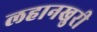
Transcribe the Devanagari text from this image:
लहानखुरी